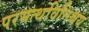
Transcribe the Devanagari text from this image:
परमत्थविनिश्चय